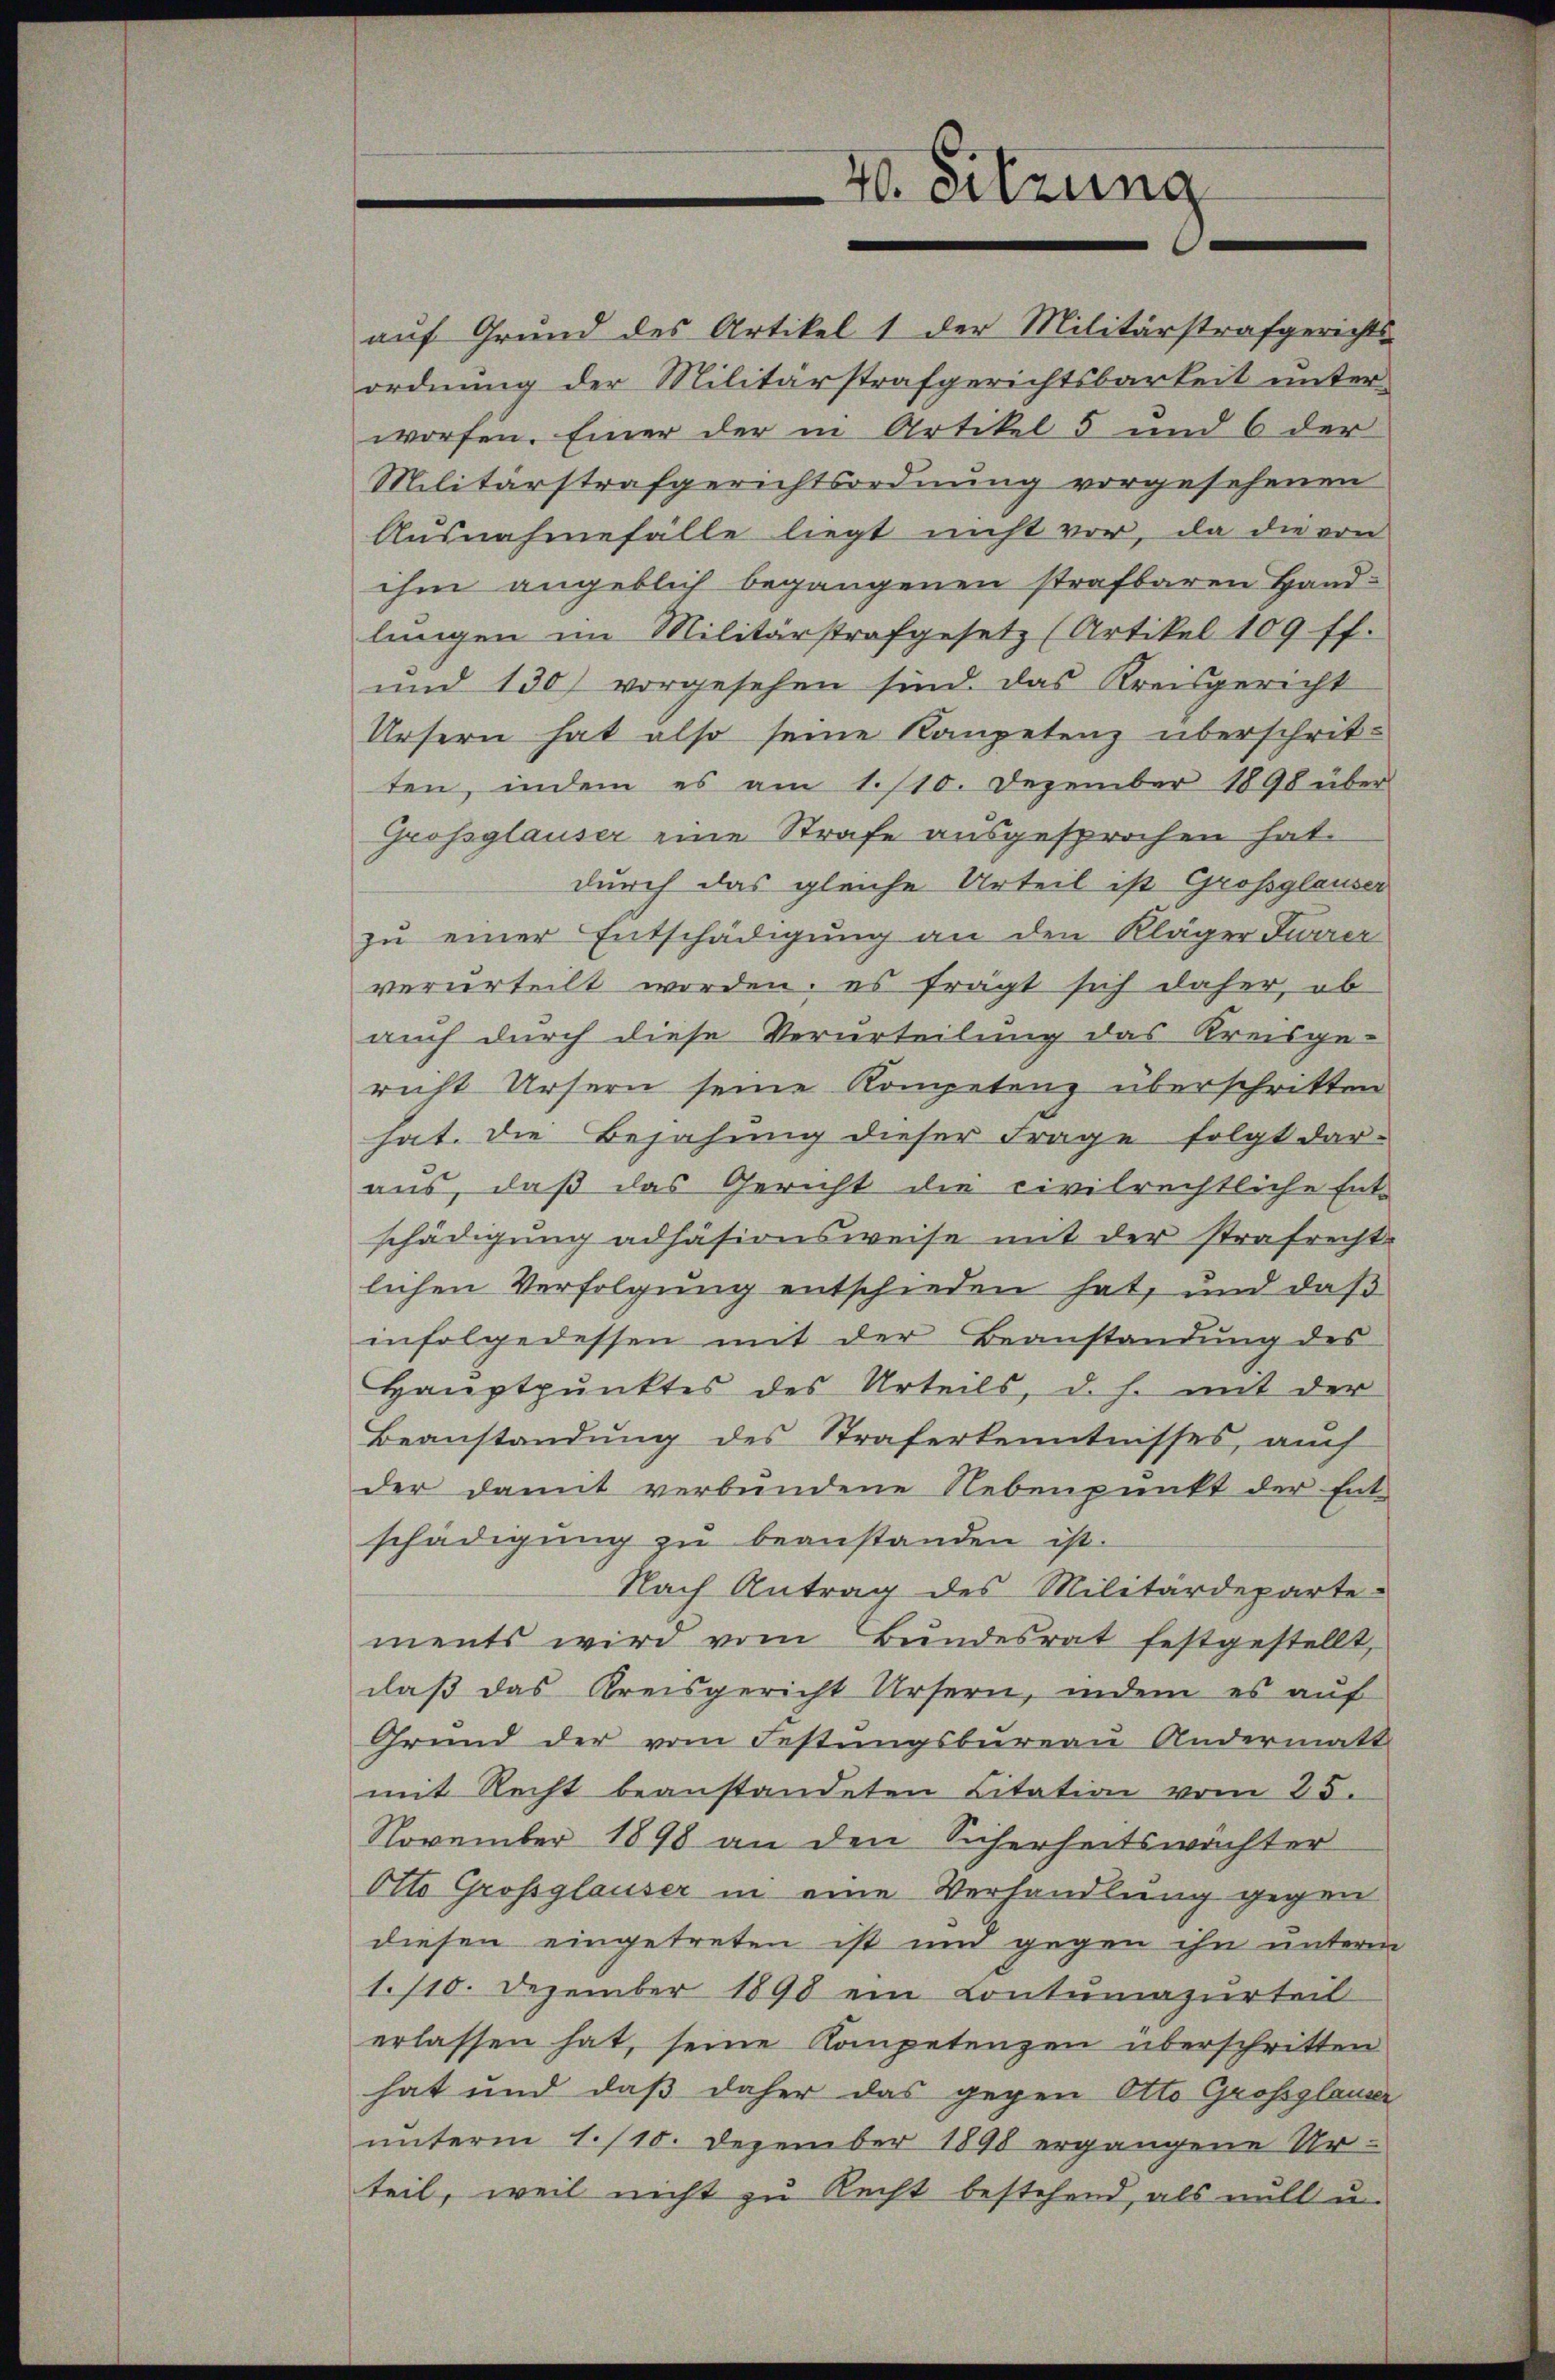
Militärstrafgerichtsordnung vorgesehenen
Ausnahmefälle liegt nicht vor, da die von
ihm angeblich begangenen strafbaren Hand-
lungen im Militärstrafgesetz (Artikel 109 ff.
und 130) vorgesehen sind das Kreisgericht
Ursern hat also seine Kompetenz überschritten, indem es am 1./10. Dezember 1890 über
Grossglauser eine Strafe ausgesprochen hat.
durch das gleiche Urteil ist Großglauser
zu einer Entschädigung an den Kläger Furrer
verurteilt worden; es frägt sich daher, ob
auch durch diese Verurteilung das Kreisge-
richt Ursern seine Kompetenz überschritten
hat. Die Bejahung dieser Frage folgt dar-
aus, daß das Gericht die civilrechtliche Ent-
schädigung adhäsionsweise mit der strafrecht-
lichen Verfolgung entschieden hat, und daß
infolgedessen mit der Beanstandung des
Hauptpunktes des Urteils, d. h. mit der
Beanstandung des Straferkenntnisses, auch
der damit verbundene Nebenpunkt der Ent-
schädigung zu beanstanden ist.
Nach Antrag des Militärdeparte-
ments wird vom Bundesrat festgestellt,
daß das Kreisgericht Ursern, indem es auf
Grund der vom Festungsbureau Andermatt
mit Recht beanstandeten Citation vom 25.
November 1898 an den Sicherheitswächter
Otto Grossglauser in eine Verhandlung gegen
diesen eingetreten ist und gegen ihn unterm
1./10. Dezember 1890 ein Contumazurteil
erlassen hat, seine Kompetenzen überschritten
hat und daß daher das gegen Otto Grossglauser
unterm 1. /10. Dezember 1898 ergangene Ur-
teil, weil nicht zu Recht bestehend, als nitt u.

40. Sitzung

auf Grund des Artikel 1 der Militärstrafgerichts-
ordnung der Militärstrafgerichtsbarkeit unterworfen. Einer der in Artikel 5 und 6 der